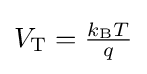
V_{\text{T}}={\tfrac {k_{\text{B}}T}{q}}